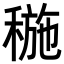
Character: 𥠥